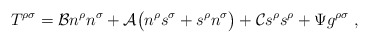
\begin{align*}T^{\rho\sigma}={\cal B}n^\rho n^\sigma +{\cal A}\big( n^{\rho} s^{\sigma} +s^{\rho} n^{\sigma}\big)+{\cal C}s^\rho s^\rho +\Psi g^{\rho\sigma}\ , \end{align*}